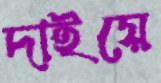
দাইয়ে